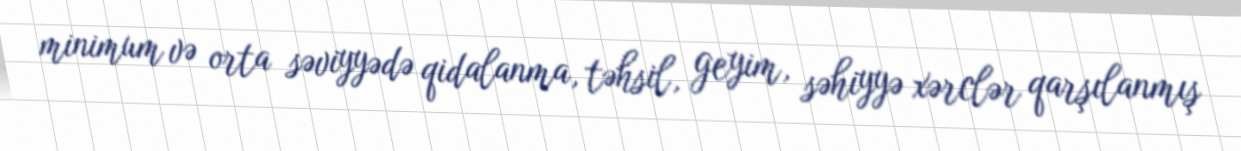
minimum və orta səviyyədə qidalanma, təhsil, geyim, səhiyyə xərclər qarşılanmış